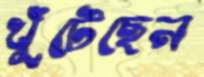
খুঁটেছেন